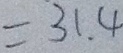
= 3 1 . 4